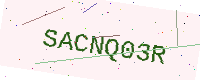
Text: SACNQ03R